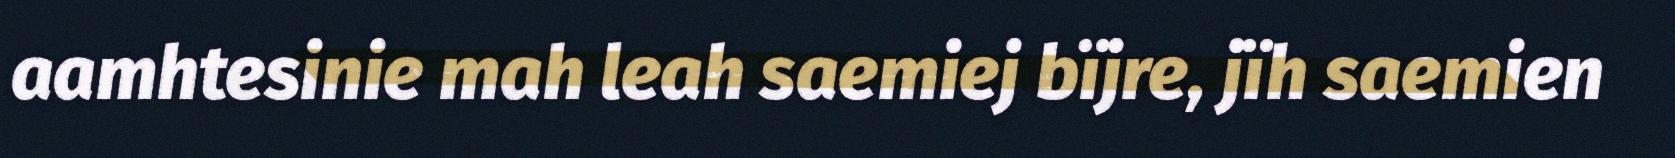
aamhtesinie mah leah saemiej bïjre, jïh saemien